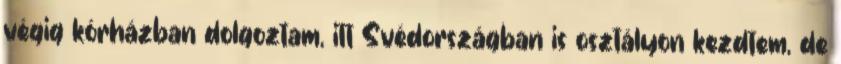
végig kórházban dolgoztam, itt Svédországban is osztályon kezdtem, de